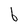
Character: b